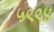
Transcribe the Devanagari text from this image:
५९९४